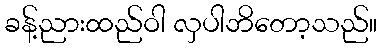
ခန့်ညားထည်ဝါ လှပါဘိတော့သည်။